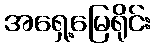
အရှေ့မြေရိုင်း